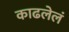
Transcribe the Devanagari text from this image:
काढलेलं